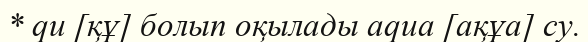
* qu [құ] болып оқылады aqua [ақұа] су.